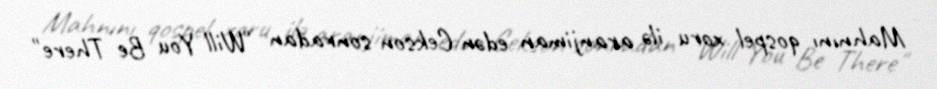
Mahnını qospel xoru ilə aranjiman edən Cekson sonradan "Will You Be There"